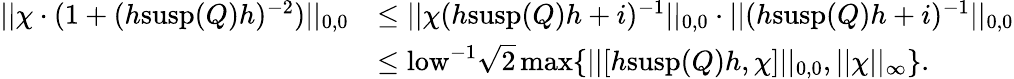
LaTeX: \begin{array}{rl}{||\chi\cdot(1+(h\mathrm{susp}(Q)h)^{-2})||_{0,0}}&{\leq||\chi(h\mathrm{susp}(Q)h+i)^{-1}||_{0,0}\cdot||(h\mathrm{susp}(Q)h+i)^{-1}||_{0,0}}\\ &{\leq\mathrm{low}^{-1}\sqrt{2}\operatorname*{max}\{ ||[h\mathrm{susp}(Q)h,\chi]||_{0,0},||\chi||_{\infty}\} .}\end{array}